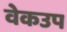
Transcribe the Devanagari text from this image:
वेकउप